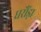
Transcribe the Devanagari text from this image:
घरौंड़ा